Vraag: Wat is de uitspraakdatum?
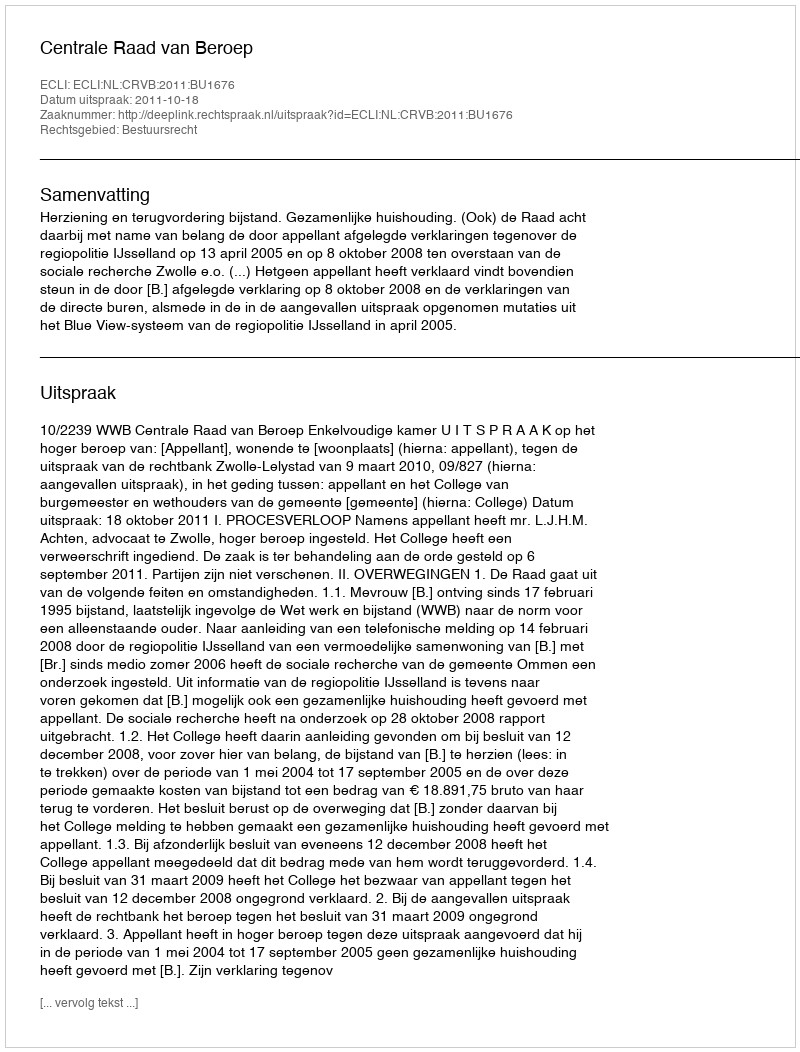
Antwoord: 2011-10-18